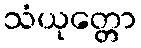
သံယုတ္တော